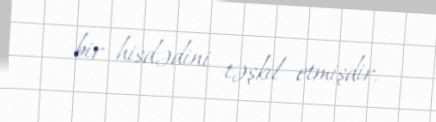
bir hisdədini təşkil etmişdir.